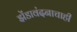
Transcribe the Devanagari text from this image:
झेंडावंदनाचाही